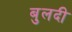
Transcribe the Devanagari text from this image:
बुलदी